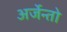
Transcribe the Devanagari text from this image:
अर्जेन्तो